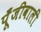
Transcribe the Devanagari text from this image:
पूँजीवाली